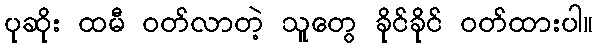
ပုဆိုး ထမီ ဝတ်လာတဲ့ သူတွေ ခိုင်ခိုင် ဝတ်ထားပါ။